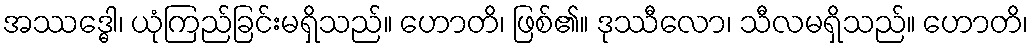
အဿဒ္ဓေါ၊ ယုံကြည်ခြင်းမရှိသည်။ ဟောတိ၊ ဖြစ်၏။ ဒုဿီလော၊ သီလမရှိသည်။ ဟောတိ၊